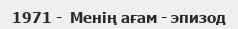
1971 -  Менің ағам - эпизод